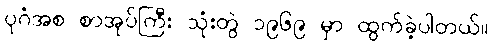
ပုဂံအစ စာအုပ်ကြီး သုံးတွဲ ၁၉၆၉ မှာ ထွက်ခဲ့ပါတယ်။